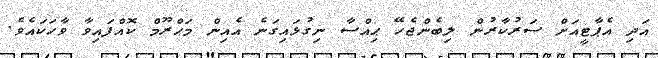
އަދި އެޕާޓީއަށް ސަރުކާރުން ލިބެންޖެހޭ ޙިއްސާ ނިގުޅައިގަނެ އެއިން މަޙްރޫމް ކޮއްފައިވާ ވާހަކައެވެ.